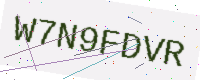
Text: W7N9FDVR